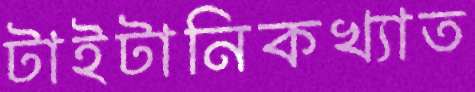
টাইটানিকখ্যাত